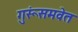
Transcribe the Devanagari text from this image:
गुरूंसमवेत